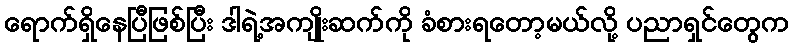
ရောက်ရှိနေပြီဖြစ်ပြီး ဒါရဲ့အကျိုးဆက်ကို ခံစားရတော့မယ်လို့ ပညာရှင်တွေက